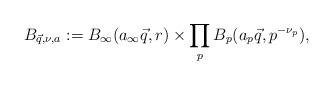
LaTeX: \begin{align*}B_{\vec{q},\nu,a}:=B_{\infty}(a_{\infty}\vec{q},r)\times \prod_{p}B_p(a_{p}\vec{q},p^{-\nu_{p}}),\end{align*}